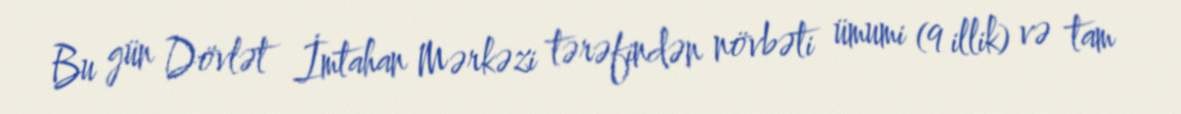
Bu gün Dövlət İmtahan Mərkəzi tərəfindən növbəti ümumi (9 illik) və tam